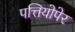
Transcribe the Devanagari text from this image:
पत्तियोपेर